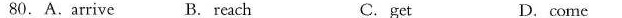
80.A.Arrive B.Reach C. get D.come